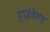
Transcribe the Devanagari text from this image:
हाईवेल्ड